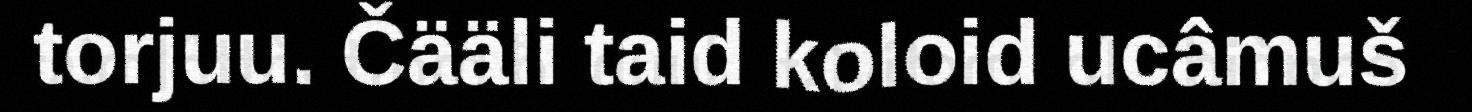
torjuu. Čääli taid koloid ucâmuš